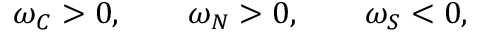
\omega _ { C } > 0 , \qquad \omega _ { N } > 0 , \qquad \omega _ { S } < 0 ,